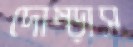
দোম্‌ড়াস